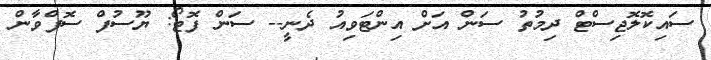
ސައިކޮލޮޖިސްޓް ދިމުތު ސަން އަށް އިންޓަވިއު ދެނީ-- ސަން ފޮޓޯ: ޔޫސުފް ސޮފްވާން